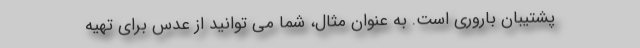
پشتیبان باروری است. به عنوان مثال، شما می توانید از عدس برای تهیه